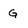
Character: G